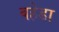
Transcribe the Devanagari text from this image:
बहेडा